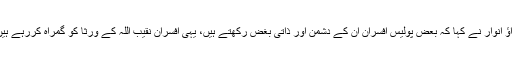
راؤ انوار نے کہا کہ بعض پولیس افسران ان کے دشمن اور ذاتی بغض رکھتے ہیں، یہی افسران نقیب اللہ کے ورثا کو گمراہ کررہے ہیں۔